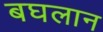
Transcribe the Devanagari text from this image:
बघलान